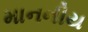
માનનીય